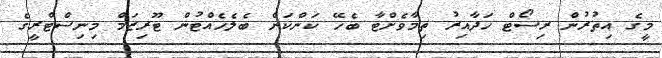
މީގެ އިތުރުން ރިސޯޓް ހަދާއިރު ތިމާވެށްޓާ ބެހޭ ކަންކަން ބެލެހެއްޓުން ޓޫރިޒަމް މިނިސްޓްރީގެ